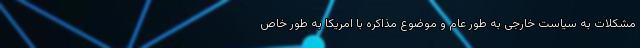
مشکلات به سیاست خارجی به طور عام و موضوع مذاکره با امریکا به طور خاص